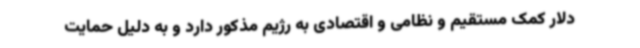
دلار کمک مستقیم و نظامی و اقتصادی به رژیم مذکور دارد و به دلیل حمایت